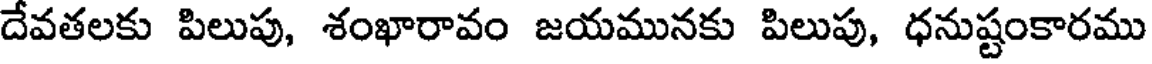
దేవతలకు పిలుపు, శంఖారావం జయమునకు పిలుపు, ధనుష్టంకారము